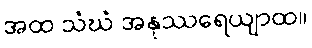
အထ သံဃံ အနုဿရေယျာထ။